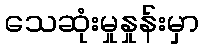
သေဆုံးမှုနှုန်းမှာ